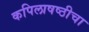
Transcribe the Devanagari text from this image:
कपिलाषष्ठीचा